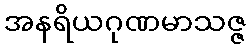
အနရိယဂုဏမာသဇ္ဇ